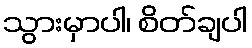
သွားမှာပါ၊ စိတ်ချပါ